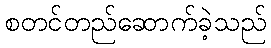
စတင်တည်ဆောက်ခဲ့သည်